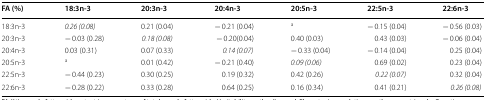
<table><thead><tr><td><b>FA (%)</b></td><td><b>18:3n-3</b></td><td><b>20:3n-3</b></td><td><b>20:4n-3</b></td><td><b>20:5n-3</b></td><td><b>22:5n-3</b></td><td><b>22:6n-3</b></td></tr></thead><tbody><tr><td>18:3n-3</td><td><i>0.26 (0.08)</i></td><td>0.21 (0.04)</td><td>− 0.21 (0.04)</td><td><sup>a</sup></td><td>− 0.15 (0.04)</td><td>− 0.56 (0.03)</td></tr><tr><td>20:3n-3</td><td>− 0.03 (0.28)</td><td><i>0.18 (0.08)</i></td><td>− 0.20(0.04)</td><td>0.40 (0.03)</td><td>0.43 (0.03)</td><td>− 0.06 (0.04)</td></tr><tr><td>20:4n-3</td><td>0.03 (0.31)</td><td>0.07 (0.33)</td><td><i>0.14 (0.07)</i></td><td>− 0.33 (0.04)</td><td>− 0.14 (0.04)</td><td>0.25 (0.04)</td></tr><tr><td>20:5n-3</td><td><sup>a</sup></td><td>0.01 (0.42)</td><td>− 0.21 (0.40)</td><td><i>0.09 (0.06)</i></td><td>0.69 (0.02)</td><td>0.23 (0.04)</td></tr><tr><td>22:5n-3</td><td>− 0.44 (0.23)</td><td>0.30 (0.25)</td><td>0.19 (0.32)</td><td>0.42 (0.26)</td><td><i>0.22 (0.07)</i></td><td>0.32 (0.04)</td></tr><tr><td>22:6n-3</td><td>− 0.28 (0.22)</td><td>0.33 (0.28)</td><td>0.64 (0.25)</td><td>0.16 (0.34)</td><td>0.41 (0.21)</td><td><i>0.26 (0.08)</i></td></tr></tbody></table>